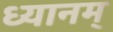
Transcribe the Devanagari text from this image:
ध्यानम्